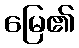
မြေ၏